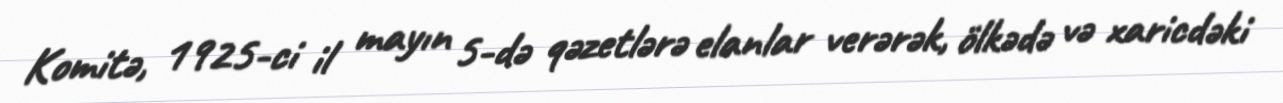
Komitə, 1925-ci il mayın 5-də qəzetlərə elanlar verərək, ölkədə və xaricdəki